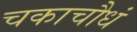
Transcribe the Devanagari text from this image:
चकाचौधं